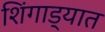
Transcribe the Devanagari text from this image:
शिंगाड्यात